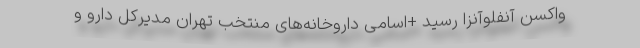
واکسن آنفلوآنزا رسید +اسامی داروخانه‌های منتخب تهران مدیرکل دارو و